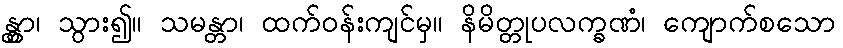
န္တွာ၊ သွား၍။ သမန္တာ၊ ထက်ဝန်းကျင်မှ။ နိမိတ္တုပလက္ခဏံ၊ ကျောက်စသော